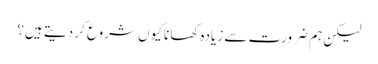
لیکن ہم ضرورت سے زیادہ کھانا کیوں شروع کر دیتے ہیں؟